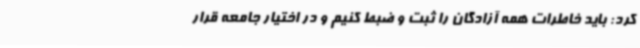
کرد: باید خاطرات همه آزادگان را ثبت و ضبط کنیم و در اختیار جامعه قرار